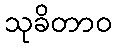
သုခိတာဝ